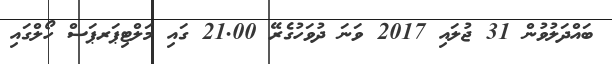
ބައްދަލުވުން 31 ޖުލައި 2017 ވަނަ ދުވަހުގެރޭ 21.00 ގައި މަލްޓިޕަރޕަސް ހޯލްގައި